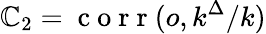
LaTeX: \mathbb{C}_{2}=\mathrm{{~c~o~r~r~}}(o,k^{\Delta}/k)